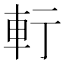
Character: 𨊫